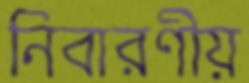
নিবারণীয়